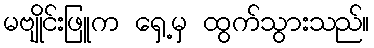
မဗျိုင်းဖြူက ရှေ့မှ ထွက်သွားသည်။